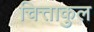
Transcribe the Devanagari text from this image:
चित्ताकुल